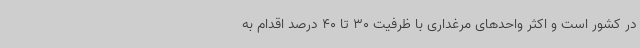
در کشور است و اکثر واحدهای مرغداری‌ با ظرفیت 30 تا 40 درصد اقدام به